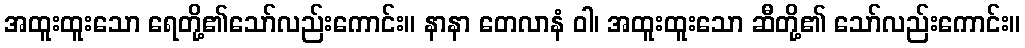
အထူးထူးသော ရေတို့၏သော်လည်းကောင်း။ နာနာ တေလာနံ ဝါ၊ အထူးထူးသော ဆီတို့၏ သော်လည်းကောင်း။